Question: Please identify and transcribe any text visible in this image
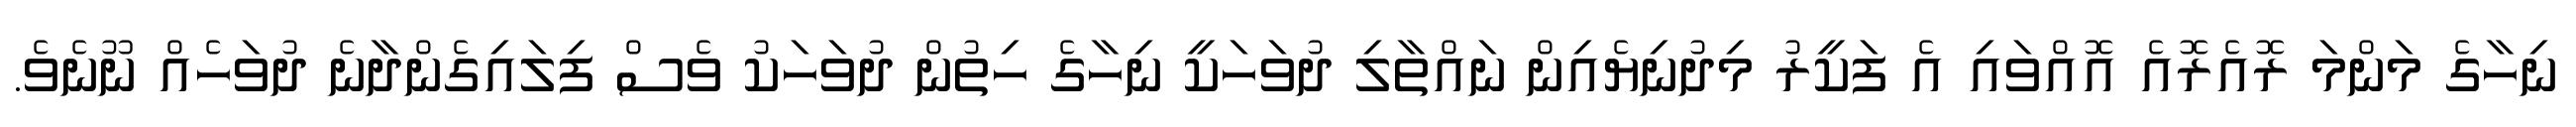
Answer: ނިހާގެ މަންމަ ރޮއެރޮއެ އޮއްވައި އެ ފަކީރު މިދުނިޔެއިން ނައްތާލި ދުވަހަކީ ނިހާގެ ހިތުން ދުވަހަކު ވެސް ފިލައިގެންދާނެ ދުވަހެއް ނޫނެވެ.